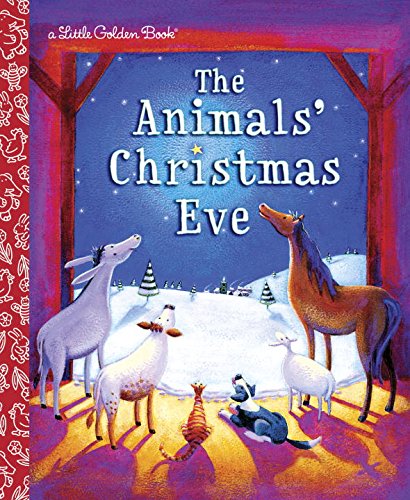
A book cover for The Animals' Christmas Eve (Little Golden Book); Gale Wiersum; Children's Books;